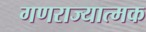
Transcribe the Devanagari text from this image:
गणराज्‍यात्‍मक